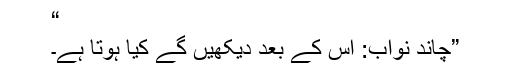
“
”چاند نواب: اس کے بعد دیکھیں گے کیا ہوتا ہے۔